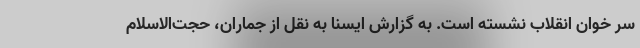
سر خوان انقلاب نشسته است. به گزارش ایسنا به نقل از جماران، حجت‌الاسلام